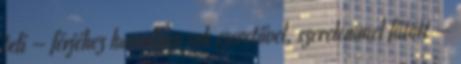
teli – férjéhez hasonlóan sok szeretővel, szerelemmel fűtött –